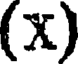
(x)